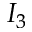
I _ { 3 }